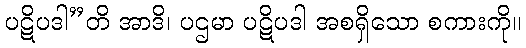
ပဋိပဒါ”တိ အာဒိ၊ ပဌမာ ပဋိပဒါ အစရှိသော စကားကို။